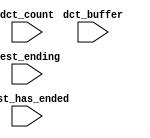
module dnn_accel_system_nios2_qsys_0_oci_test_bench (
                                                      // inputs:
                                                       dct_buffer,
                                                       dct_count,
                                                       test_ending,
                                                       test_has_ended
                                                    )
;

  input   [ 29: 0] dct_buffer;
  input   [  3: 0] dct_count;
  input            test_ending;
  input            test_has_ended;



endmodule